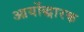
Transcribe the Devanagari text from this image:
आर्योद्धारक